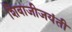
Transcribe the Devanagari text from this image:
शिवाजीजयंती